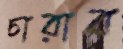
চারাব